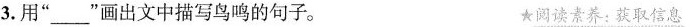
3.用”___”画出文中描写鸟鸣的句子。 ★读素养：获取信息